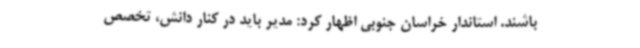
باشند. استاندار خراسان جنوبی اظهار کرد: مدیر باید در کنار دانش، تخصص